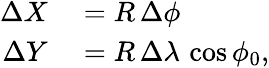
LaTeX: \begin{array}{rl}{\Delta X}&{{}=R\, \Delta\phi}\\ {\Delta Y}&{{}=R\, \Delta\lambda\, \cos{\phi_{0}},}\end{array}